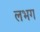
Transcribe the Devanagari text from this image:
लभग